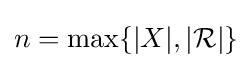
n=\max\{|X|,|{\mathcal {R}}|\}